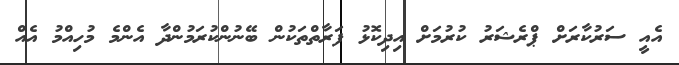
އެއީ ސަރުކާރަށް ޕްރެޝަރު ކުރުމަށް އިދިކޮޅު ފަރާތްތަކުން ބޭނުންކުރަމުންދާ އެންމެ މުހިއްމު އެއް